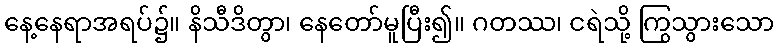
နေ့နေရာအရပ်၌။ နိသီဒိတွာ၊ နေတော်မူပြီး၍။ ဂတဿ၊ ငရဲသို့ ကြွသွားသော